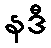
နဒီ